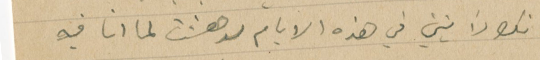
انك رايتني في هذه الايام لدهشت لما انا فيه